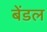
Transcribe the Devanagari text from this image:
बेंडल